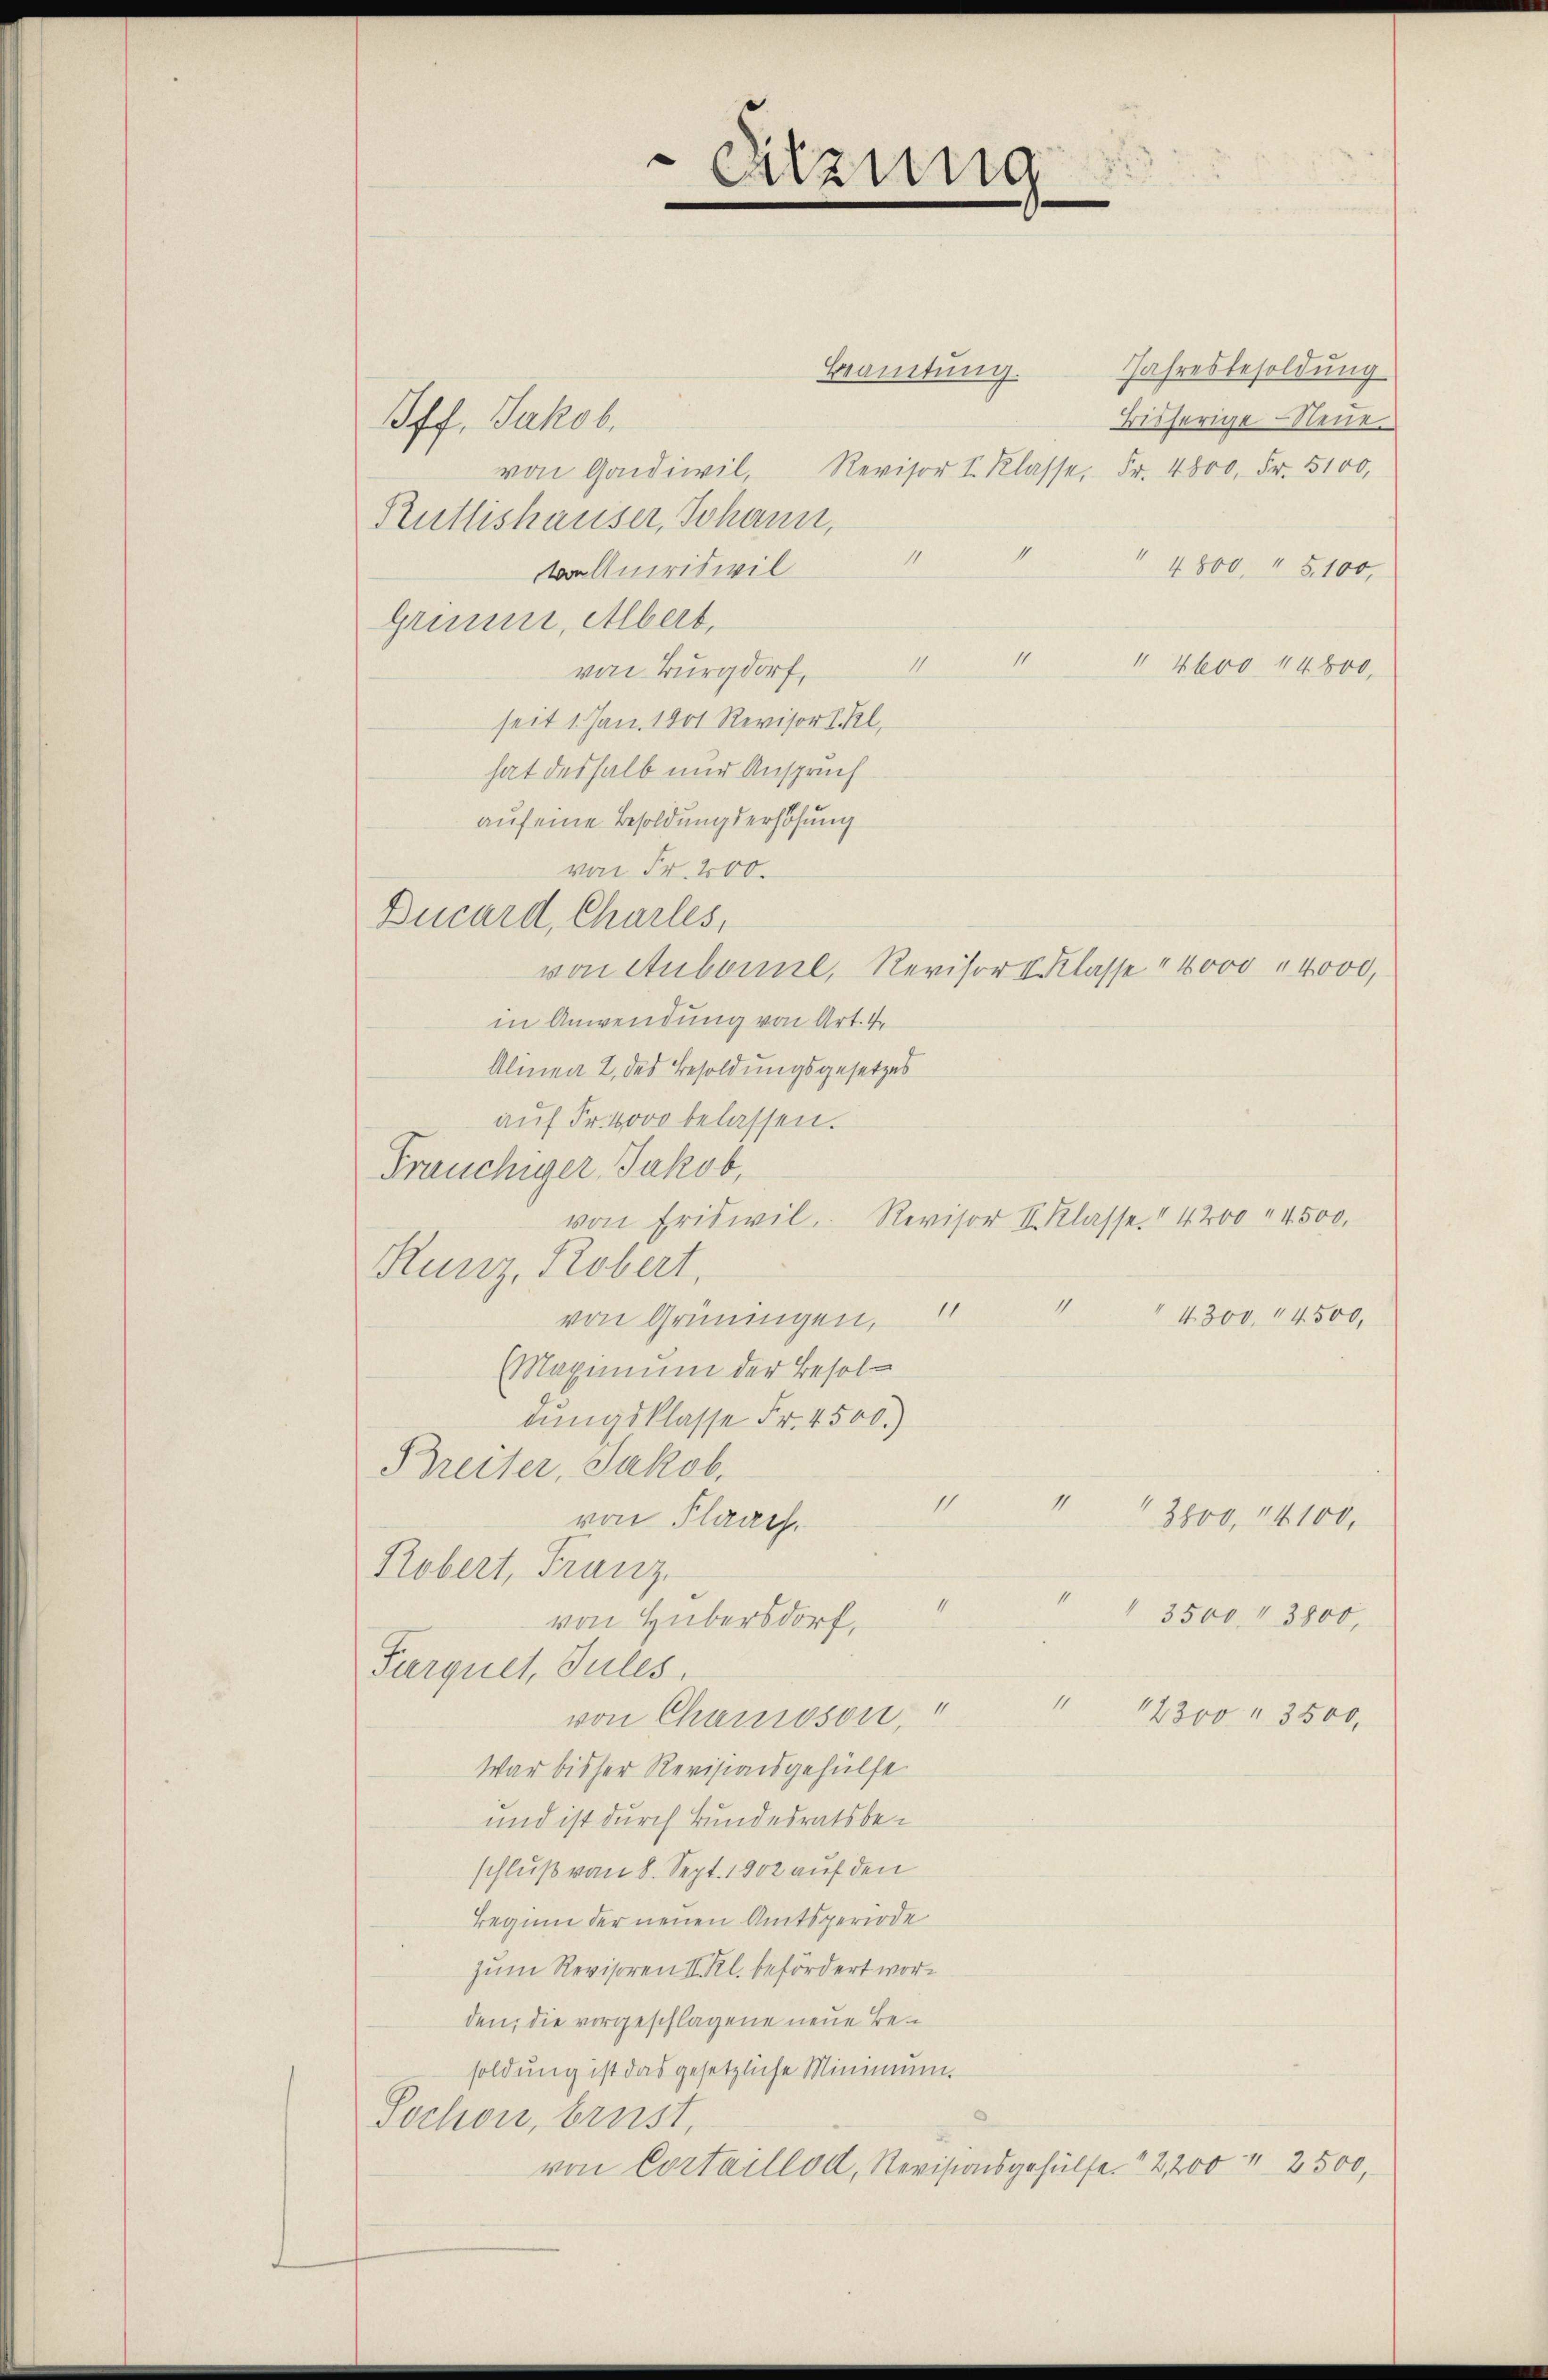
Beamtung.
Off. Jakob.
von Goldiwil,
Rüttishauser, Johann,
1
II.
Amriswil
Gruene, Albert,
11
II
von Burgdorf,
seit 1. Jan. 1901 Revisor I. Kl.
hat deshalb nur Anspruch
auf eine Besoldungserhöhung
von Fr. 400.
von Aubonnel, Revisor V. Klasse 4000 " 4000,
in Anwendung von Art. 4
Alinea 2 des Besoldungsgesetzes
auf Fr. 4000 belassen.
Präuchiger, Jakob,
Runz, Robert.
1
von Grüningen,
(Maximum der Besoldungsklasse Fr. 4500.)
Breiter, Jakob.
I
1
von Flaach.
Robert, Franz
d
von Hubersdorf,
Parquet, Jules.
n
von Chamoson,
War bisher Revisionsgehülfe
und ist durch Bundesratsbeschluß vom 8. Sept. 1902 auf den
Beginn der neuen Amtsperiode
zum Revisoren II. Kl. befördert worden, die vorgeschlagene neue Besoldung ist das gesetzliche Minimum.
Sochon, brust,
von Cortaillon, Revisionsgehülfe. 2200 " 2500,

Ducard, Charles,

Sitzung

von Friswil, Revisor Sr. Klasse. 4200 " 4500.

Jahresbesoldung
Bisherige Neue
Revisor I. Klasse, Fr. 4800. Fr. 5100,

" 4800, " 5,100,
 4600 14800,

" 4300. 14500,

3800, 14100.

3500 " 3800,

12300 " 3500,